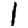
Digit: 1